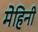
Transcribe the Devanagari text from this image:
मेहिनी